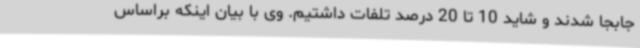
جابجا شدند و شاید 10 تا 20 درصد تلفات داشتیم. وی با بیان اینکه براساس